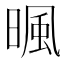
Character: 𣈼